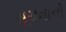
સૂચનાનો